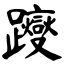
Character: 躞